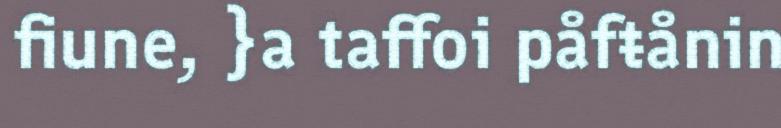
fiune, }a taffoi påfŧånin